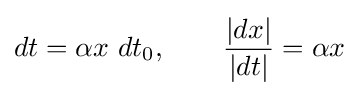
dt=\alpha x\ dt_{0},\qquad {\frac {|dx|}{|dt|}}=\alpha x